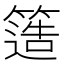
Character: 簉